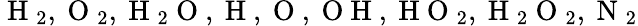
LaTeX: \mathrm{~H~}_{2},\mathrm{~O~}_{2},\mathrm{~H~}_{2}\mathrm{~O~},\mathrm{~H~},\mathrm{~O~},\mathrm{~O~H~},\mathrm{~H~O~}_{2},\mathrm{~H~}_{2}\mathrm{~O~}_{2},\mathrm{~N~}_{2}